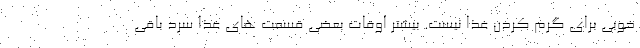
خوبی برای گرم کردن غذا نیست. بیشتر اوقات بعضی قسمت های غذا سرد باقی